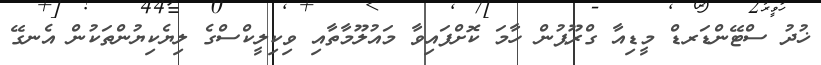
ޚުދު ސްޓޭންޑަރޑް މީޑިއާ ގްރޫޕުން ހާމަ ކޮށްފައިވާ މައުލޫމާތާއި ވިކިލީކްސްގެ ލިޔެކިޔުންތަކުން އެނގޭ